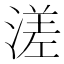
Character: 溠